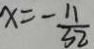
x = - \frac { 1 1 } { 3 2 }